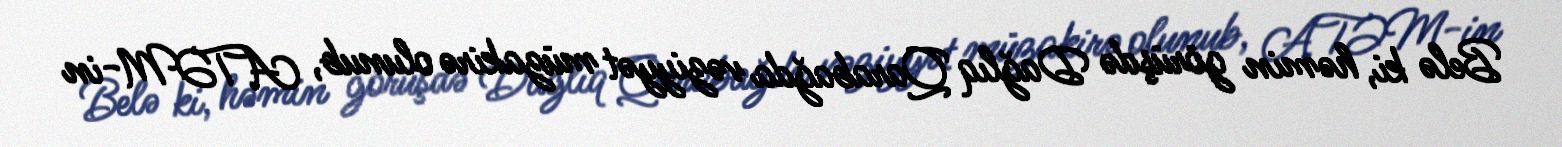
Belə ki, həmin görüşdə Dağlıq Qarabağda vəziyyət müzakirə olunub, ATƏM-in